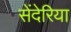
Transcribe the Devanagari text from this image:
सेंदेरिया